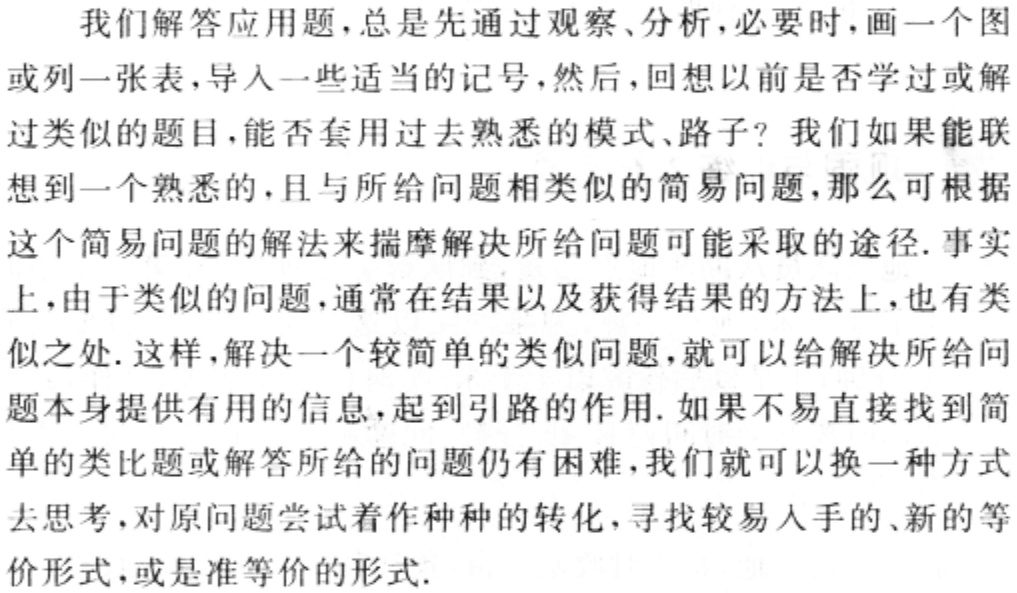
我们解答应用题，总是先通过观察、分析，必要时，画一个图或列一张表，导入一些适当的记号，然后，回想以前是否学过或解过类似的题目，能否套用过去熟悉的模式、路子？我们如果能联想到一个熟悉的，且与所给问题相类似的简易问题，那么可根据这个简易问题的解法来揣摩解决所给问题可能采取的途径. 事实上，由于类似的问题，通常在结果以及获得结果的方法上，也有类似之处. 这样，解决一个较简单的类似问题，就可以给解决所给问题本身提供有用的信息，起到引路的作用. 如果不易直接找到简单的类比题或解答所给的问题仍有困难，我们就可以换一种方式去思考，对原问题尝试着作种种的转化，寻找较易入手的、新的等价形式，或是准等价的形式.